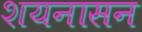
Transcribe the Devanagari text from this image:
शयनासन